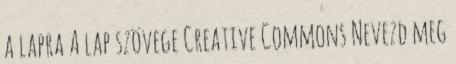
a lapra A lap szövege Creative Commons Nevezd meg